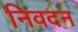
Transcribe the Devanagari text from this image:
निवदन